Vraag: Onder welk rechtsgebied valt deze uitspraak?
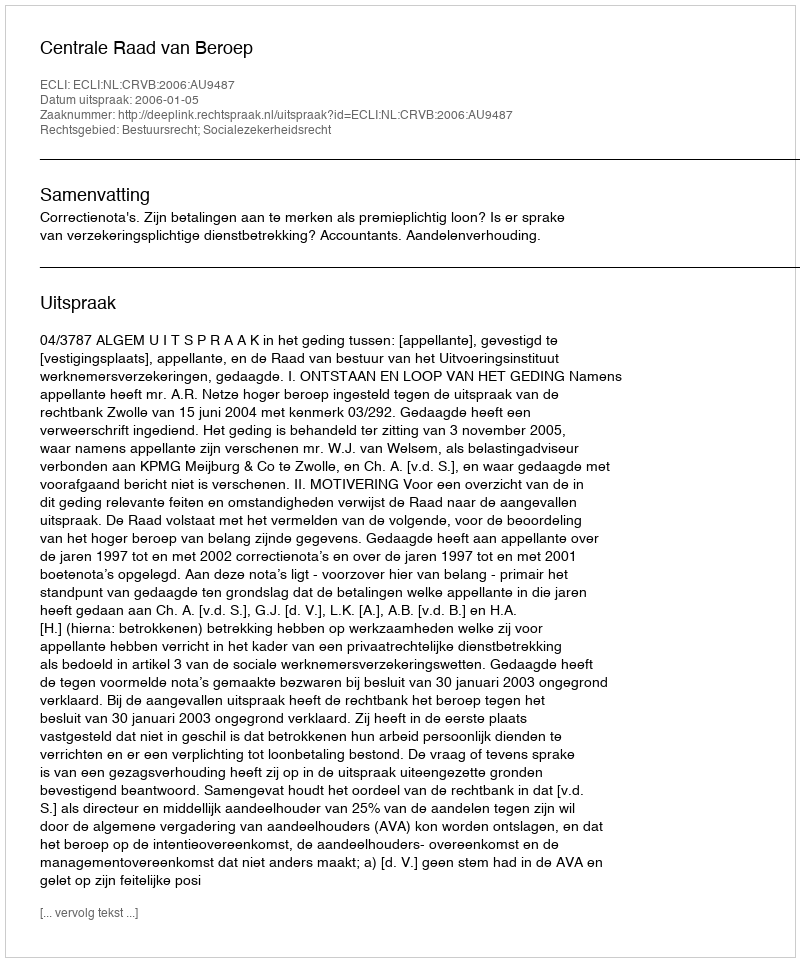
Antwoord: Bestuursrecht; Socialezekerheidsrecht